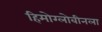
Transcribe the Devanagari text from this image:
हिमोग्लोबीनला